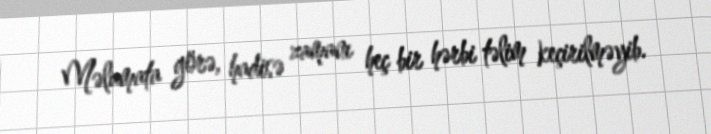
Məlumata görə, hadisə zamanı heç bir hərbi təlim keçirilməyib.